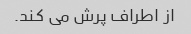
از اطراف پرش می کند.